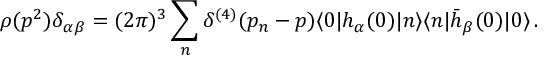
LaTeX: \rho ( p ^ { 2 } ) \delta _ { \alpha \beta } = ( 2 \pi ) ^ { 3 } \sum _ { n } \delta ^ { ( 4 ) } ( p _ { n } - p ) \langle 0 | h _ { \alpha } ( 0 ) | n \rangle \langle n | \bar { h } _ { \beta } ( 0 ) | 0 \rangle \, .